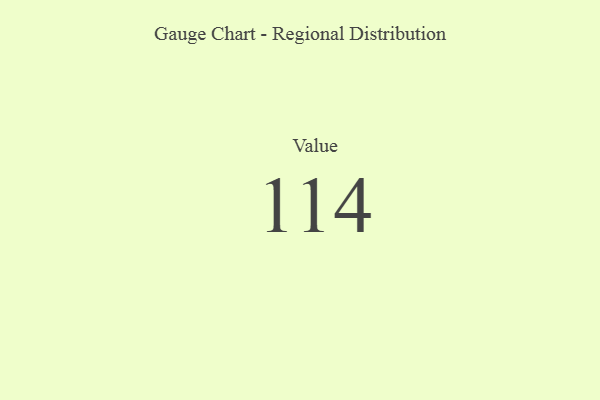
{"axis": {"x": "Metric", "y": "Value"}, "legend": [""], "data": [{"x": "Value", "y": 114, "type": ""}]}